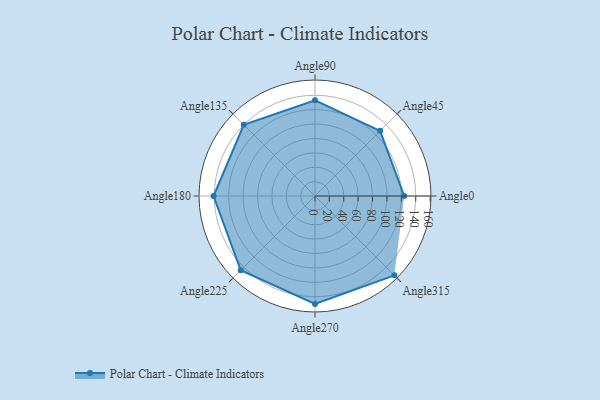
{"axis": {"x": "Angle", "y": "Radius"}, "legend": [""], "data": [{"x": "Angle0", "y": 124.0, "type": ""}, {"x": "Angle45", "y": 128.0, "type": ""}, {"x": "Angle90", "y": 133.0, "type": ""}, {"x": "Angle135", "y": 140.0, "type": ""}, {"x": "Angle180", "y": 141.0, "type": ""}, {"x": "Angle225", "y": 146.0, "type": ""}, {"x": "Angle270", "y": 150.0, "type": ""}, {"x": "Angle315", "y": 156.0, "type": ""}]}